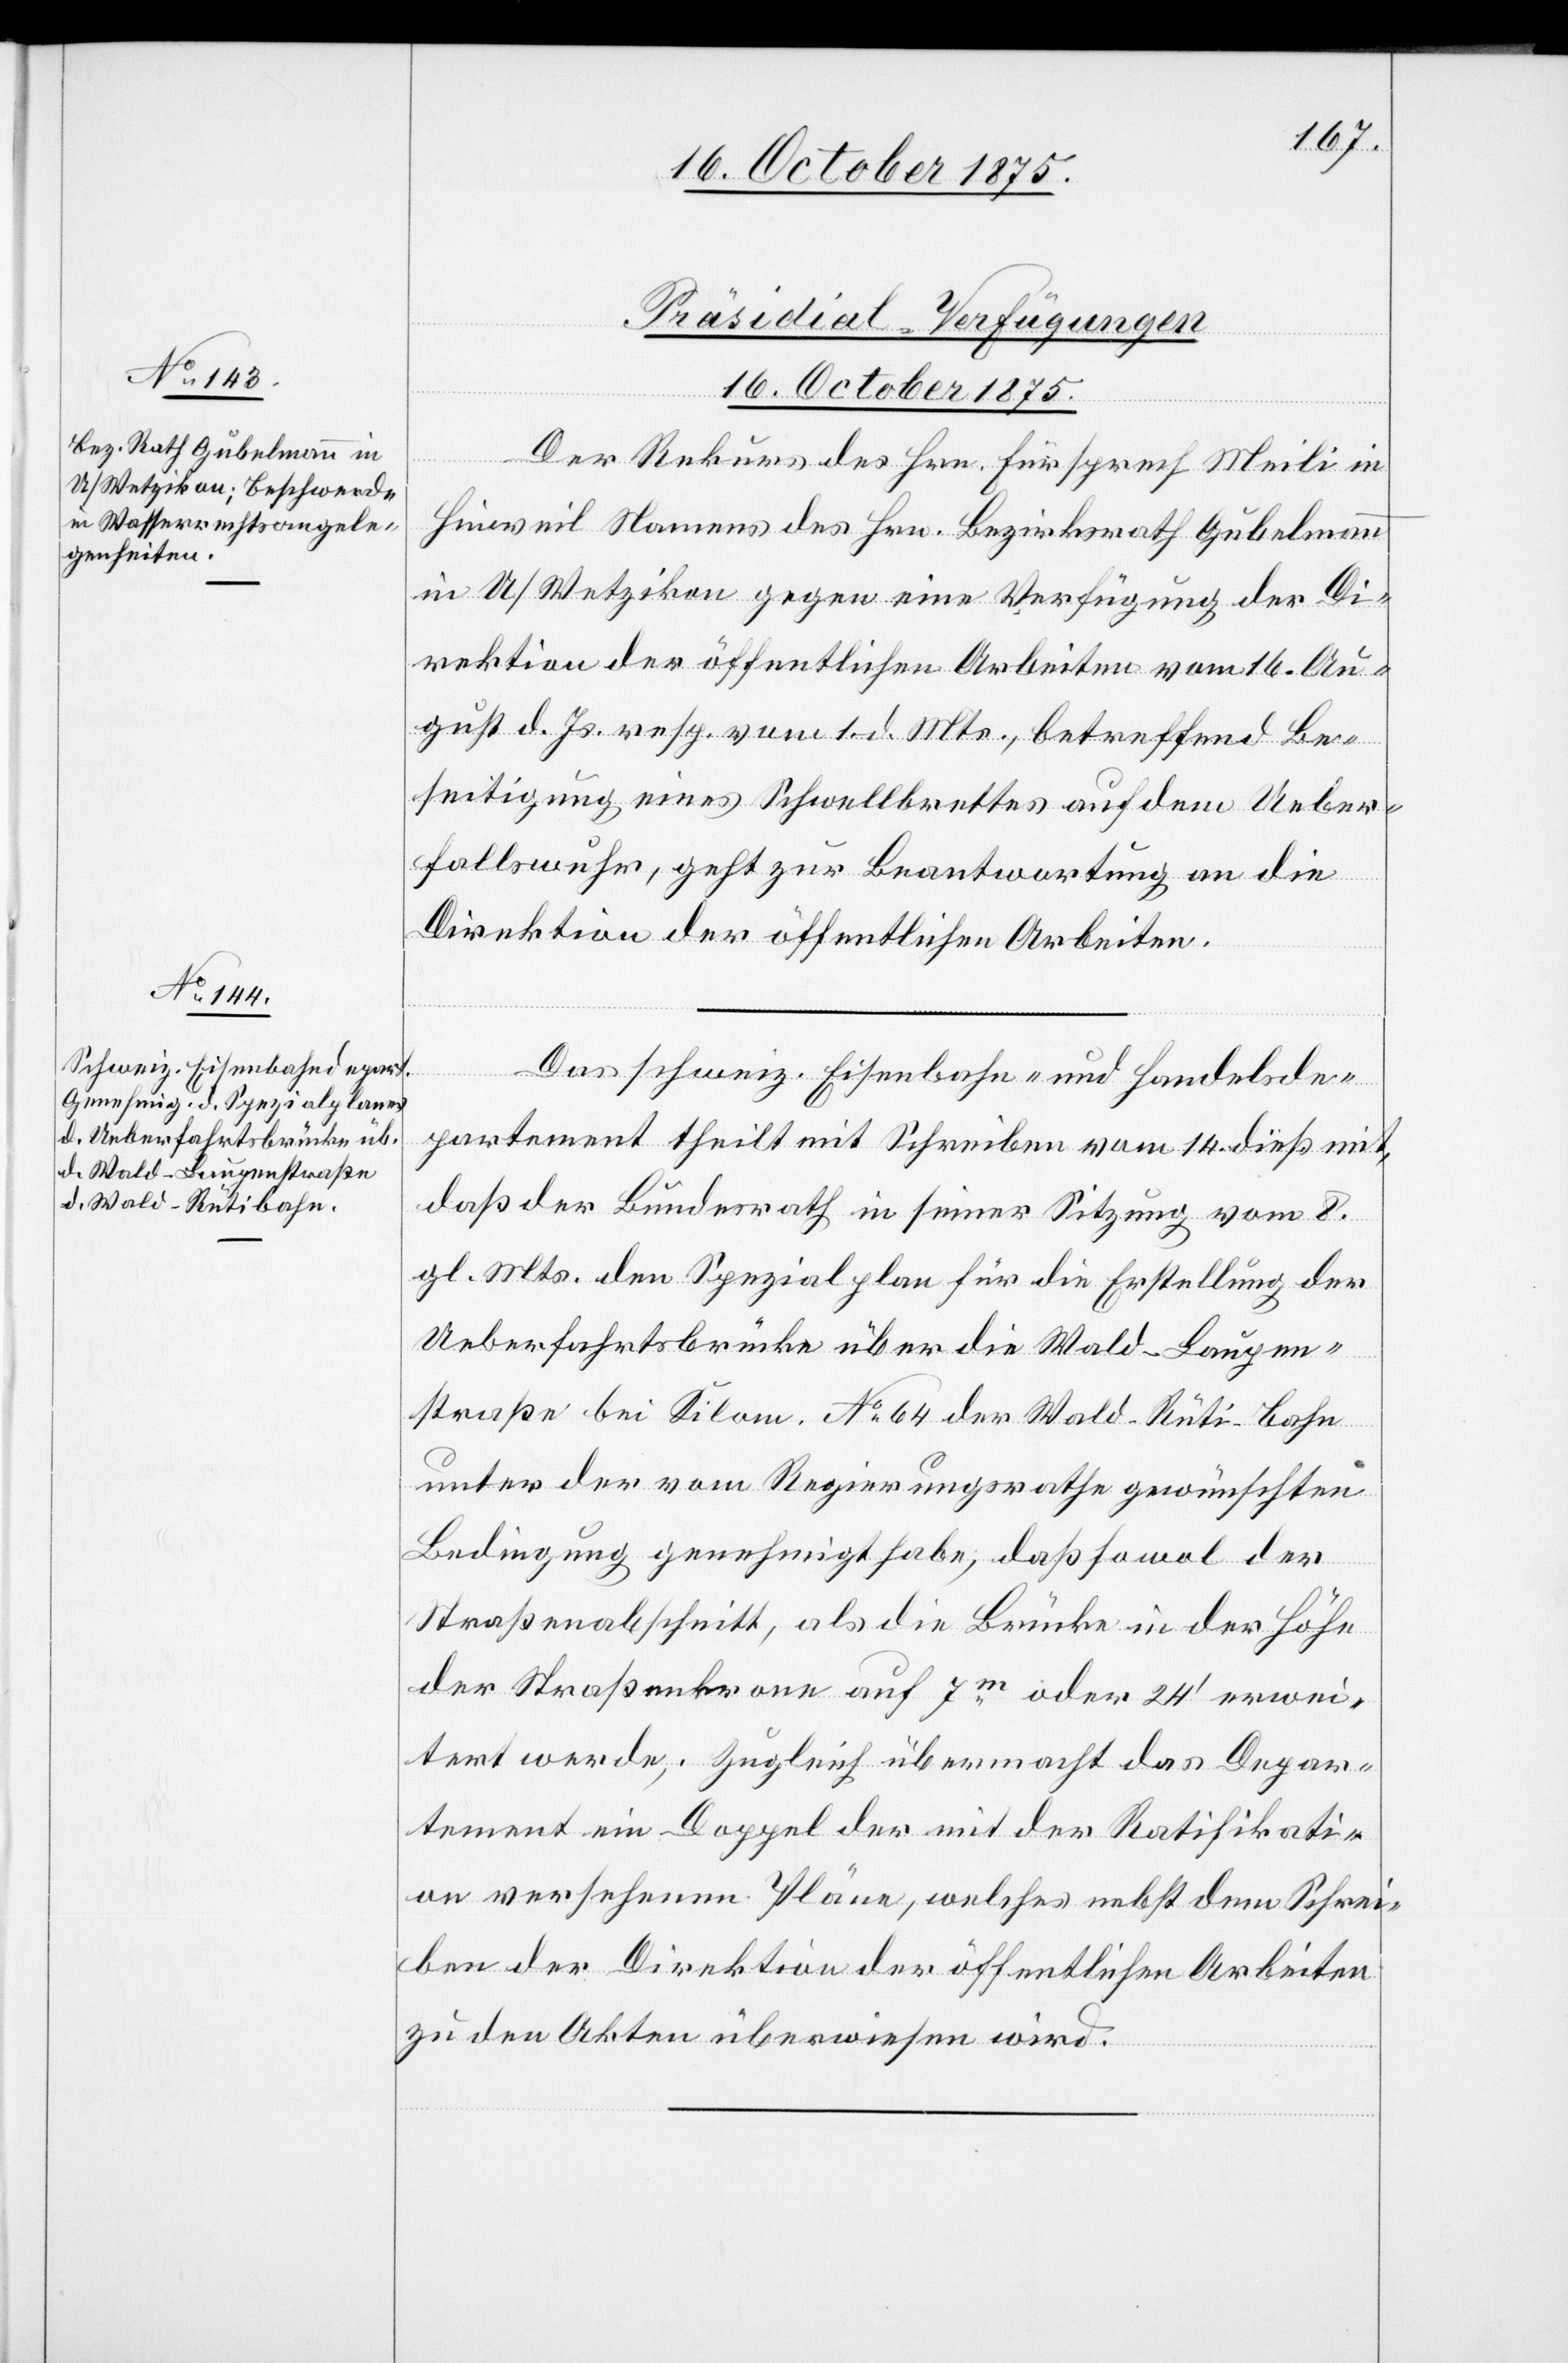
16. October 1875.]
[Präsidial-Verfügungen
Der Rekurs des Hrn. Fürsprech Meili in
Hinweil Namens des Hrn. Bezirksrath Gubelmann
in U/Wetzikon gegen eine Verfügung der Di¬
rektion der öffentlichen Arbeiten vom 16. Au¬
gust d. Js. resp. vom 1. d. Mts, betreffend Be¬
seitigung eines Schwellbrettes auf dem Ueber¬
fallswuhr, geht zur Beantwortung an die
Direktion der öffentlichen Arbeiten.
Das schweiz. Eisenbahn- und Handelsde¬
partement theilt mit Schreiben vom 14. dieß mit,
daß der Bundesrath in seiner Sitzung vom 8.
gl. Mts. den Spezialplan für die Erstellung der
Ueberfahrtsbrücke über die Wald–Laupen¬
straße bei Kilom. No 64 der Wald–Rüti-Bahn
unter der vom Regierungsrathe gewünschten
Bedingung genehmigt habe, daß sowol der
Straßenabschnitt, als die Brücke in der Höhe
der Straßenkrone auf 7m oder 24‘ erwei¬
tert werde; Zugleich übermacht das Depar¬
tement ein Doppel der mit der Ratifikati¬
on versehenen Pläne, welches nebst dem Schrei¬
ben der Direktion der öffentlichen Arbeiten
zu den Akten überwiesen wird.